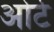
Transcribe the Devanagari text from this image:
ओर्ट